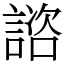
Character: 諮